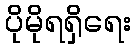
ပိုမိုရရှိရေး